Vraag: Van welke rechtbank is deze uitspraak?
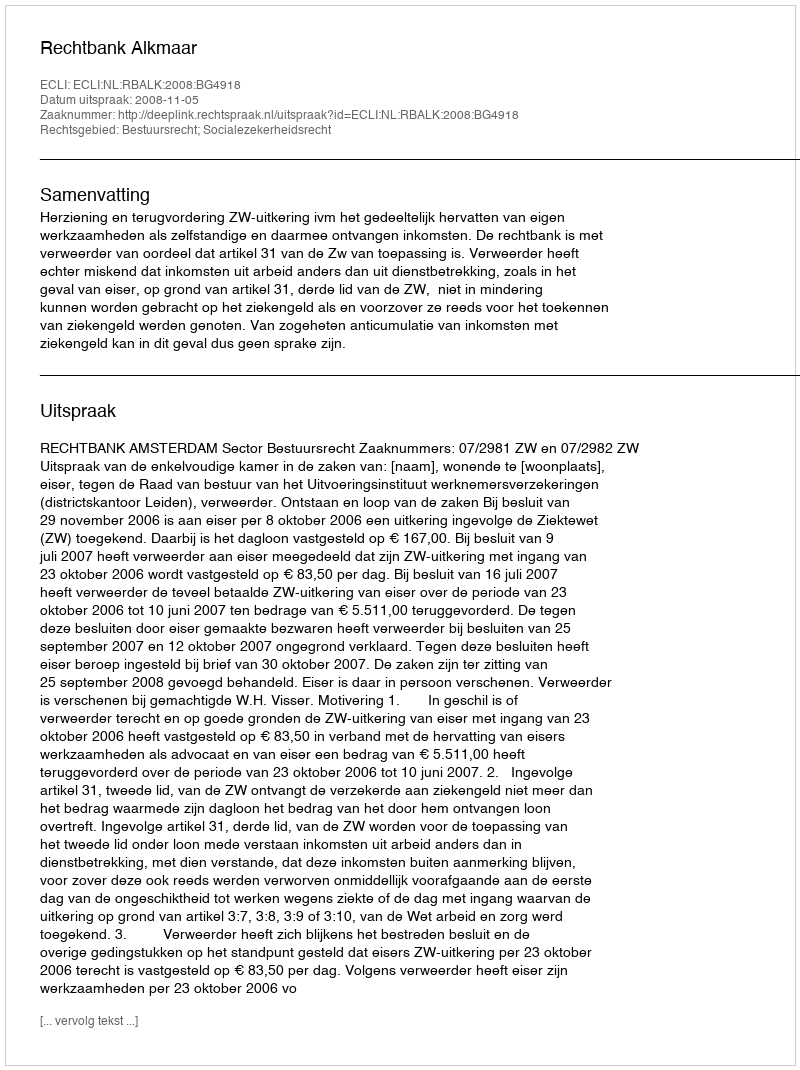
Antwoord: Rechtbank Alkmaar